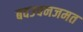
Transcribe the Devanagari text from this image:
बवउचनजमत